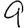
Digit: 9